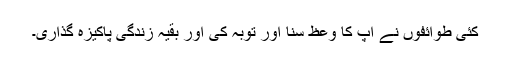
کئی طوائفوں نے آپ کا وعظ سنا اور توبہ کی اور بقیہ زندگی پاکیزہ گذاری۔